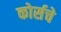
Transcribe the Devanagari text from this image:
कोर्सचे